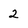
Character: 2